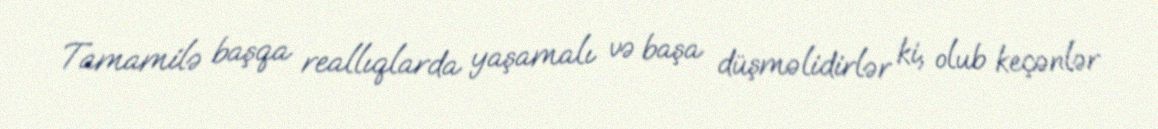
Tamamilə başqa reallıqlarda yaşamalı və başa düşməlidirlər ki, olub keçənlər